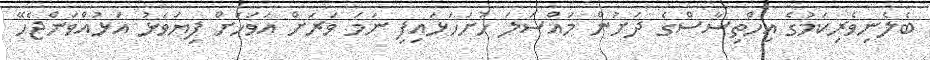
ބެލެނިވެރިކަމުގެ އިހްތިސާސްގެ ދަށުން މައްސަލަ ހުށަހަޅައިފި ނަމަ ވަރަށް އަވަހަށް ފިޔަވަޅު އަޅުއްވަންޖެހޭ